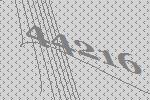
44216